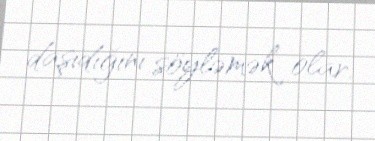
daşıdığını söyləmək olar.